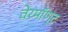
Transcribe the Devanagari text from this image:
वेरमॉण्ट